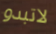
لاتبدو